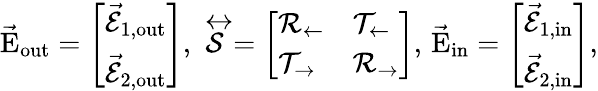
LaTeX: \vec{\mathrm{E}}_{\mathrm{{out}}}=\left[\begin{array}{l}{\vec{\mathcal{E}}_{1,\mathrm{out}}}\\ {\vec{\mathcal{E}}_{2,\mathrm{out}}}\end{array}\right],\, \stackrel{\leftrightarrow}{\mathcal{S}}=\left[\begin{array}{ll}{\mathcal{R}_{\leftarrow}}&{\mathcal{T}_{\leftarrow}}\\ {\mathcal{T}_{\rightarrow}}&{\mathcal{R}_{\rightarrow}}\end{array}\right],\, \vec{\mathrm{E}}_{\mathrm{{in}}}=\left[\begin{array}{l}{\vec{\mathcal{E}}_{1,\mathrm{in}}}\\ {\vec{\mathcal{E}}_{2,\mathrm{in}}}\end{array}\right],